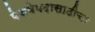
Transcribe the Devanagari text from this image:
पेशवेपदासाठीचा